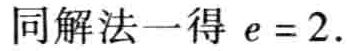
同解法一得 \(e = 2\).